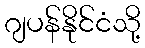
ဂျပန်နိုင်ငံသို့